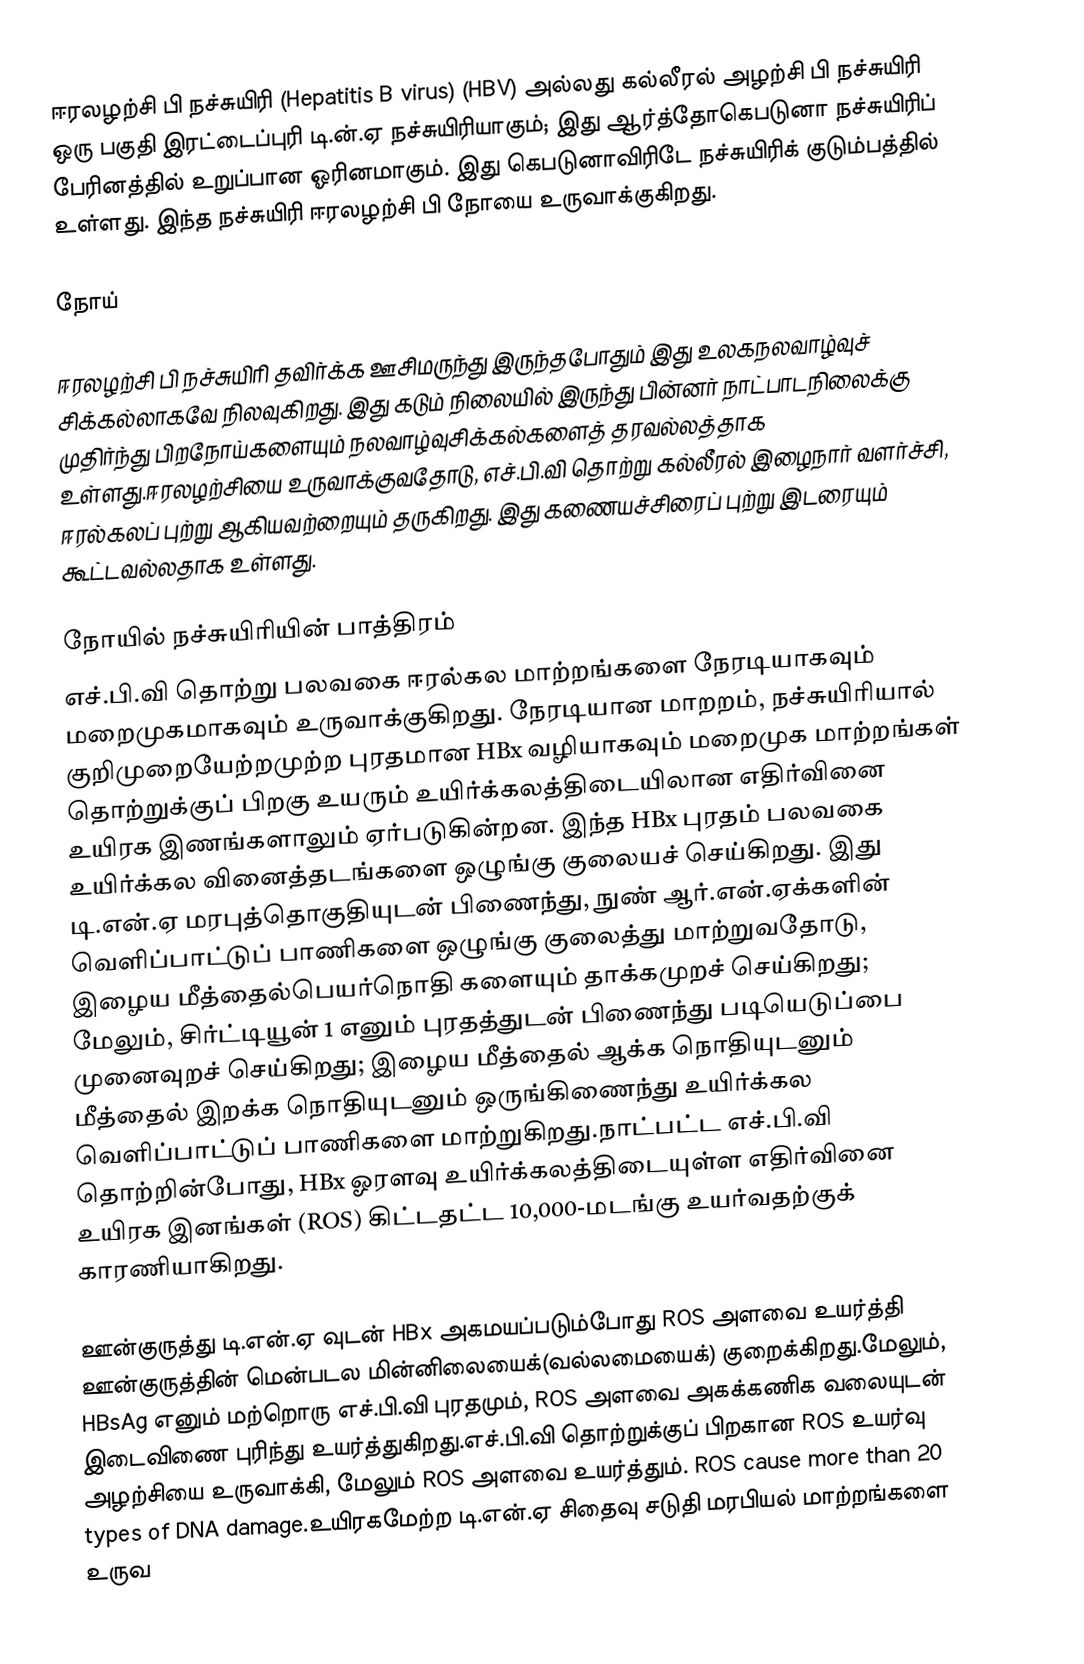
ஈரலழற்சி பி நச்சுயிரி (Hepatitis B virus) (HBV) அல்லது கல்லீரல் அழற்சி பி நச்சுயிரி ஒரு பகுதி இரட்டைப்புரி டி.ன்.ஏ நச்சுயிரியாகும்;  இது ஆர்த்தோகெபடுனா நச்சுயிரிப் பேரினத்தில் உறுப்பான ஓரினமாகும். இது கெபடுனாவிரிடே  நச்சுயிரிக் குடும்பத்தில் உள்ளது.  இந்த நச்சுயிரி  ஈரலழற்சி பி நோயை உருவாக்குகிறது.

நோய்

ஈரலழற்சி பி நச்சுயிரி தவிர்க்க ஊசிமருந்து இருந்தபோதும் இது உலகநலவாழ்வுச் சிக்கல்லாகவே நிலவுகிறது. இது கடும் நிலையில் இருந்து பின்னர் நாட்பாடநிலைக்கு முதிர்ந்து பிறநோய்களையும் நலவாழ்வுசிக்கல்களைத் தரவல்லத்தாக உள்ளது.ஈரலழற்சியை உருவாக்குவதோடு, எச்.பி.வி தொற்று கல்லீரல் இழைநார் வளர்ச்சி,  ஈரல்கலப் புற்று ஆகியவற்றையும் தருகிறது. இது கணையச்சிரைப் புற்று இடரையும் கூட்டவல்லதாக உள்ளது.

நோயில் நச்சுயிரியின் பாத்திரம்
எச்.பி.வி தொற்று பலவகை ஈரல்கல மாற்றங்களை நேரடியாகவும் மறைமுகமாகவும் உருவாக்குகிறது. நேரடியான மாறறம்,  நச்சுயிரியால் குறிமுறையேற்றமுற்ற புரதமான HBx வழியாகவும் மறைமுக மாற்றங்கள் தொற்றுக்குப் பிறகு உயரும் உயிர்க்கலத்திடையிலான எதிர்வினை உயிரக இணங்களாலும் ஏர்படுகின்றன.  இந்த HBx புரதம் பலவகை உயிர்க்கல வினைத்தடங்களை ஒழுங்கு குலையச் செய்கிறது.  இது டி.என்.ஏ மரபுத்தொகுதியுடன் பிணைந்து, நுண் ஆர்.என்.ஏக்களின் வெளிப்பாட்டுப் பாணிகளை ஒழுங்கு குலைத்து மாற்றுவதோடு, இழைய மீத்தைல்பெயர்நொதி களையும் தாக்கமுறச் செய்கிறது; மேலும், சிர்ட்டியூன் 1 எனும் புரதத்துடன் பிணைந்து படியெடுப்பை முனைவுறச் செய்கிறது; இழைய மீத்தைல் ஆக்க நொதியுடனும் மீத்தைல் இறக்க நொதியுடனும் ஒருங்கிணைந்து உயிர்க்கல வெளிப்பாட்டுப் பாணிகளை மாற்றுகிறது.நாட்பட்ட எச்.பி.வி தொற்றின்போது, HBx  ஓரளவு உயிர்க்கலத்திடையுள்ள எதிர்வினை உயிரக இனங்கள் (ROS)  கிட்டதட்ட 10,000-மடங்கு உயர்வதற்குக் காரணியாகிறது.

ஊன்குருத்து டி.என்.ஏ வுடன் HBx அகமயப்படும்போது ROS  அளவை உயர்த்தி ஊன்குருத்தின் மென்படல மின்னிலையைக்(வல்லமையைக்) குறைக்கிறது.மேலும், HBsAg எனும் மற்றொரு எச்.பி.வி புரதமும், ROS  அளவை அகக்கணிக வலையுடன் இடைவிணை புரிந்து உயர்த்துகிறது.எச்.பி.வி தொற்றுக்குப் பிறகான ROS உயர்வு அழற்சியை உருவாக்கி, மேலும் ROS அளவை  உயர்த்தும்.  ROS cause more than 20 types of DNA damage.உயிரகமேற்ற டி.என்.ஏ சிதைவு  சடுதி மரபியல் மாற்றங்களை உருவ